Source: Computer-generated
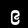
Digit: ၉ (9)